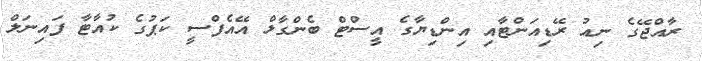
ރާއްޖޭގެ ނިއު ރޭޑިއަންޓާއި އިންޑިޔާގެ އީސްޓް ބެންގާލް އޭއެފްސީ ކަޕުގެ ކުއާޓާ ފައިނަލް